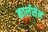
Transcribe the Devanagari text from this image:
कार्लसेन